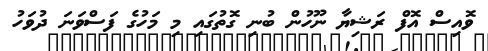
ވޮއިސް އޮފް ރަޝިޔާ ނޫހުން ބުނި ގޮތުގައި މި މަހުގެ ފަސްވަނަ ދުވަހު